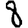
Digit: 8